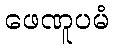
ဖေဏူပမံ